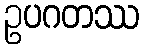
ဥပဂတဿ